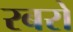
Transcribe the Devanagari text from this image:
रबरों